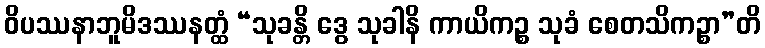
ဝိပဿနာဘူမိဒဿနတ္ထံ “သုခန္တိ ဒွေ သုခါနိ ကာယိကဉ္စ သုခံ စေတသိကဉ္စာ”တိ